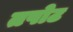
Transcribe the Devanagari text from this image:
तपोट